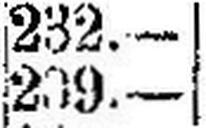
209.—